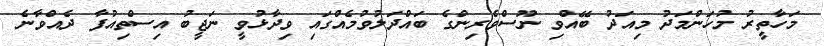
މަހާތީރު މުހަންމަދު މިއަދު ބޭއްވި ނޫސްވެރިންގެ ބައްދަލުވުމެއްގައި ވިދާޅުވީ ނަޖީބު އިސްތިއުފާ ދެއްވާނެ